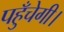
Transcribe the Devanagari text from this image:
पहुँचेगी।